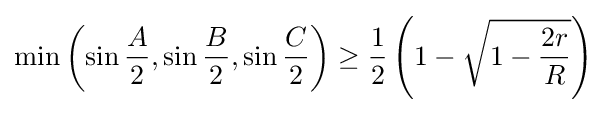
\min \left(\sin {\frac {A}{2}},\sin {\frac {B}{2}},\sin {\frac {C}{2}}\right)\geq {\frac {1}{2}}\left(1-{\sqrt {1-{\frac {2r}{R}}}}\right)